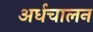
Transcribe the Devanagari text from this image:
अर्धचालन